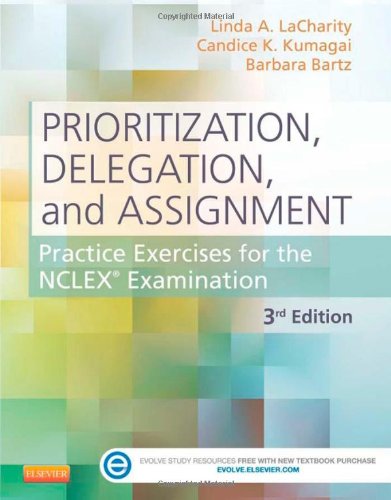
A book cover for Prioritization, Delegation, and Assignment: Practice Exercises for the NCLEX Examination, 3e; Linda A. LaCharity PhD  RN; Test Preparation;